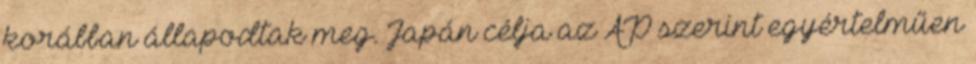
korábban állapodtak meg. Japán célja az AP szerint egyértelműen